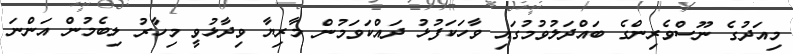
މިއަދުގެ ނޫސްވެރިންގެ ބައްދަލުވުމުގައި ވާހަކަފުޅު ދައްކަވަމުން މާރިޔާ ވިދާޅުވީ މިހާރު ލިބެމުން އަންނަ